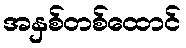
အနှစ်တစ်ထောင်